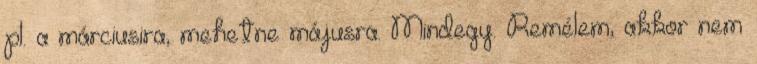
pl. a márciusira, mehetne májusra. Mindegy. Remélem, akkor nem